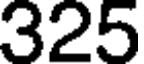
325